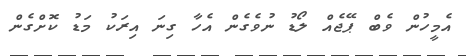
އެމީހުން ވެބް ޕޭޖެއް ލޯޑު ނުވެގެން އެހާ ގިނަ އިރަކު މަޑު ކޮށްގެން